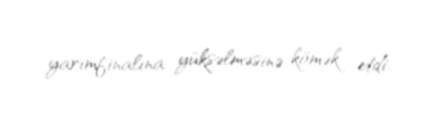
yarımfinalına yüksəlməsinə kömək etdi.